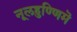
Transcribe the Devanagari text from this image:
नूलहुण्णिमॆ